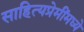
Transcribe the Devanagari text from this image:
साहित्यप्रेमींमध्ये